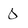
Character: 0